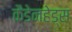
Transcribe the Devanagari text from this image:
कैडेनहेड्स